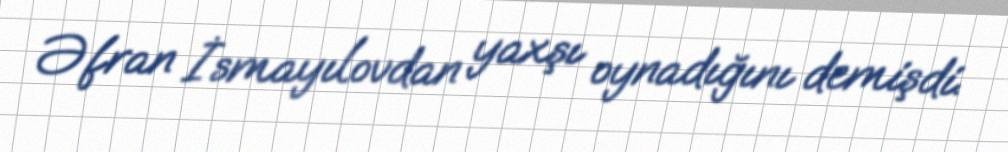
Əfran İsmayılovdan yaxşı oynadığını demişdi.